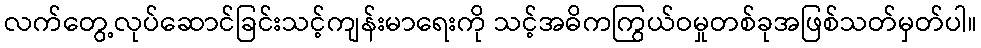
လက်တွေ့လုပ်ဆောင်ခြင်းသင့်ကျန်းမာရေးကို သင့်အဓိကကြွယ်ဝမှုတစ်ခုအဖြစ်သတ်မှတ်ပါ။